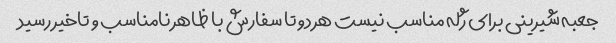
جعبه شیرینی برای ژله مناسب نیست هر دو تا سفارش با ظاهر نامناسب و تاخیر رسید